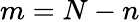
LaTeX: m=N-n